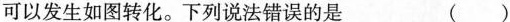
可以发生如图转化。下列说法错误的是 ( )